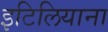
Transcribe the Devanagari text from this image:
इटिलियाना